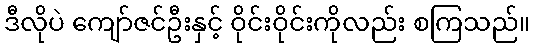
ဒီလိုပဲ ကျော်ဇင်ဦးနှင့် ဝိုင်းဝိုင်းကိုလည်း စကြသည်။